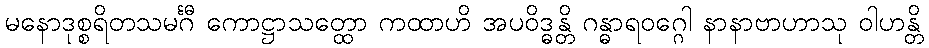
မနောဒုစ္စရိတသမင်္ဂီ ကောဋ္ဌာသတ္ထော ကထာဟိ အပဝိဒ္ဓန္တိ ဂန္ဓာရဝဂ္ဂေါ နာနာဗာဟာသု ဝါဟန္တိ